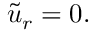
\begin{array} { r } { \tilde { u } _ { r } = 0 . } \end{array}